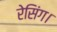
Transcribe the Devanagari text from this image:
रेसिंग।